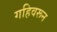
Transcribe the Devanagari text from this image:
गहिवरून